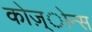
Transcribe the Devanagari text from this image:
कोज़्ोन्स